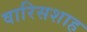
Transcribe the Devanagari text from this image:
वारिसशाह